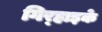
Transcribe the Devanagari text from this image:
गिर्‍हाइके